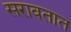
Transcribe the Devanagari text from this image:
सरावतात